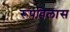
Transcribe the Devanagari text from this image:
रूपविलास